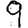
Digit: 9